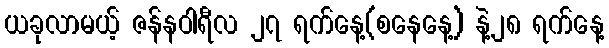
ယခုလာမယ့် ဇန်နဝါရီလ ၂၇ ရက်နေ့(စနေနေ့) နဲ့၂၈ ရက်နေ့